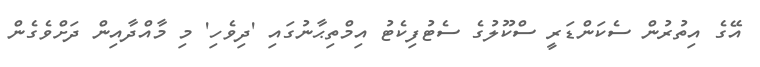
އޭގެ އިތުރުން ސެކަންޑަރީ ސްކޫލުގެ ސެޓުފިކެޓު އިމްތިޙާނުގައި 'ދިވެހި' މި މާއްދާއިން ދަށްވެގެން